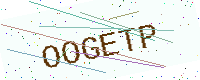
Text: OOGETP